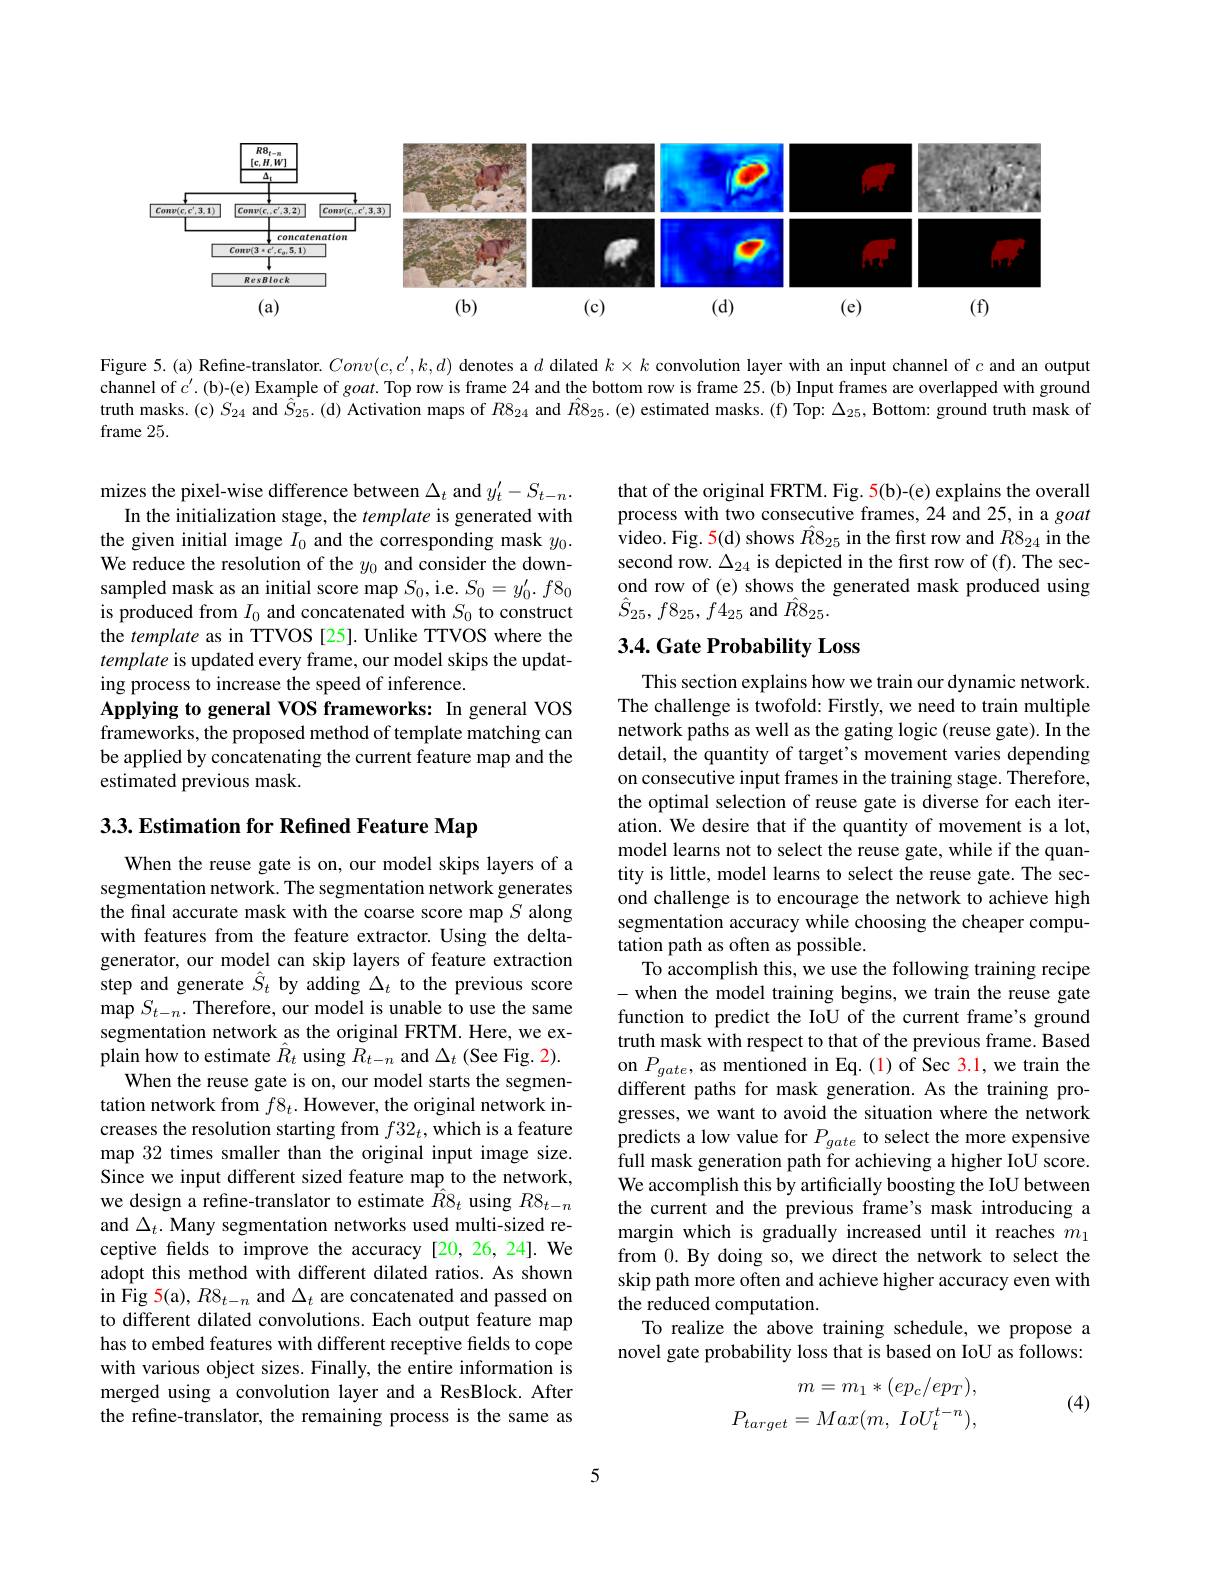
<FigureHere>

Figure 5.(a) Refine-translator. $Conv(c,c^{\prime},k,d)$ denotes a $d$ dilated $k\times k$ convolution layer with an input channel of $c$ and an output channel of $c^\prime.$ (b)-(e) Example of goat. Top row is frame 24 and the bottom row is frame 25. (b) Input frames are overlapped with ground truth masks.(c) $S_{24}$ and $\hat{S}_{25}.$(d) Activation maps of $R8_{24}$ and $\hat{R}8_{25}.$(e) estimated masks.(f) Top: $\Delta_25$, Bottom: ground truth mask of frame 25.

mizes the pixel-wise difference between $\Delta_t$ and $y_t^{\prime}-S_{t-n}.$
In the initialization stage, the template is generated with the given initial image $I_0$ and the corresponding mask $y_0.$ We reduce the resolution of the $y_0$ and consider the downsampled mask as an initial score map $S_0$, i.e. $S_0=y_0^{\prime}.f8_0$ is produced from $I_0$ and concatenated with $S_0$ to construct the template as in TTVOS [25]. Unlike TTVOS where the template is updated every frame, our model skips the updating process to increase the speed of inference.
Applying to general VOS frameworks: In general VOS frameworks, the proposed method of template matching can be applied by concatenating the current feature map and the estimated previous mask.

3.3. Estimation for Refined Feature Map

When the reuse gate is on, our model skips layers of a segmentation network. The segmentation network generates the final accurate mask with the coarse score map $S$ along with features from the feature extractor. Using the deltagenerator, our model can skip layers of feature extraction step and generate $\hat{S}_t$ by adding $\Delta_t$ to the previous score map $S_{t-n}.$ Therefore, our model is unable to use the same segmentation network as the original FRTM. Here, we explain how to estimate $\hat{R}_t$ using $\tilde{R}_t-n$ and $\Delta_t$ (See Fig. 2).
When the reuse gate is on, our model starts the segmentation network from $f8_t.$ However, the original network increases the resolution starting from $f32_t$,which is a feature map 32 times smaller than the original input image size. Since we input different sized feature map to the network, we design a refine-translator to estimate $\hat{R}8_t$ using $R8_t-n$ and $\Delta_t.$ Many segmentation networks used multi-sized receptive felds to improve the accuracy [20,26,24]. We adopt this method with different dilated ratios. As shown in Fig 5(a), $R8_t-n$ and $\Delta_t$ are concatenated and passed on to different dilated convolutions. Each output feature map has to embed features with different receptive felds to cope with various object sizes. Finally, the entire information is merged using a convolution layer and a ResBlock. After the refine-translator, the remaining process is the same as

that of the original FRTM. Fig. 5(b)-(e) explains the overall process with two consecutive frames, 24 and 25, in a goat video. Fig. 5(d) shows $\hat{R}8_{25}$ in the first row and $R8_{24}$ in the second row. $\Delta_{24}$ is depicted in the first row of (f). The second row of (e) shows the generated mask produced using $\hat{S}_{25},f8_{25},f4_{25}$ and $\hat{R}8_{25}.$

## 3.4. Gate Probability Loss

This section explains how we train our dynamic network. The challenge is twofold: Firstly, we need to train multiple network paths as well as the gating logic (reuse gate). In the detail, the quantity of target's movement varies depending on consecutive input frames in the training stage. Therefore, the optimal selection of reuse gate is diverse for each iteration. We desire that if the quantity of movement is a lot, model learns not to select the reuse gate, while if the quantity is little, model learns to select the reuse gate. The second challenge is to encourage the network to achieve high segmentation accuracy while choosing the cheaper computation path as often as possible.
To accomplish this, we use the following training recipe -when the model training begins, we train the reuse gate function to predict the IoU of the current frame's ground truth mask with respect to that of the previous frame. Based on $P_{gate}$, as mentioned in Eq. (1) of Sec 3.1, we train the different paths for mask generation. As the training progresses, we want to avoid the situation where the network predicts a low value for $P_gate$ to select the more expensive full mask generation path for achieving a higher IoU score. We accomplish this by artificially boosting the IoU between the current and the previous frame's mask introducing a margin which is gradually increased until it reaches $m_1$ from 0. By doing so, we direct the network to select the skip path more often and achieve higher accuracy even with the reduced computation.
To realize the above training schedule, we propose a novel gate probability loss that is based on IoU as follows:
$$\begin{aligned}m=m_1*(ep_c/ep_T),\\P_{target}=Max(m,\:IoU_t^{t-n}),\end{aligned}$$
(4)

5